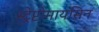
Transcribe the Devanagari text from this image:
स्ट्रेप्टोमायसिन